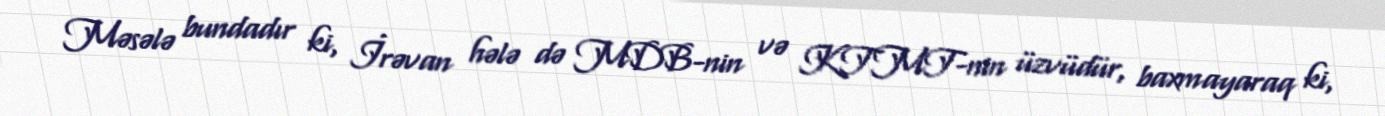
Məsələ bundadır ki, İrəvan hələ də MDB-nin və KTMT-nin üzvüdür, baxmayaraq ki,